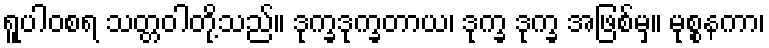
ရူပါဝစရ သတ္တဝါတို့သည်။ ဒုက္ခဒုက္ခတာယ၊ ဒုက္ခ ဒုက္ခ အဖြစ်မှ။ မုစ္စနကာ၊